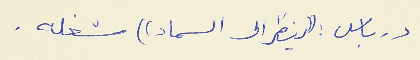
درباس : ((ينظر الى السماء)) شغله .